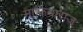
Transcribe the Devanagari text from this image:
माफियाराज